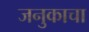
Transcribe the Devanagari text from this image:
जनुकाचा